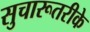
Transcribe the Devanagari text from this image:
सुचारूतरीके